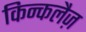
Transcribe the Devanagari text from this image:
किन्कलैज़